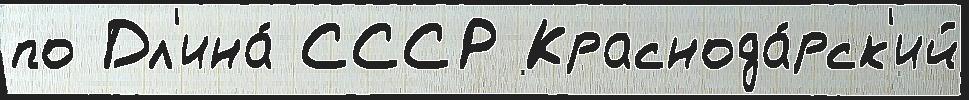
по Дл'ина́ СССР Краснода́рск'ий